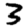
Digit: 3